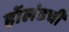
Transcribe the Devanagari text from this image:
हॉलंडची